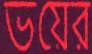
ভয়ের